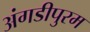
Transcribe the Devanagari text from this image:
अंगडीपुरम